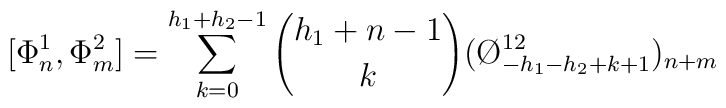
[\Phi ^{1}_{n},\Phi ^{2}_{m}]=\sum _{k=0}^{h_{1}+h_{2}-1}{h_{1}+n-1\choose k}(\O ^{12}_{-h_{1}-h_{2}+k+1})_{n+m}